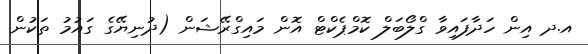
އ.ދ އިން ހަދާފައިވާ ގްލޯބަލް ކޮމްޕެކްޓް އޮން މައިގްރޭޝަން (ދުނިޔޭގެ ގައުމު ތަކުން